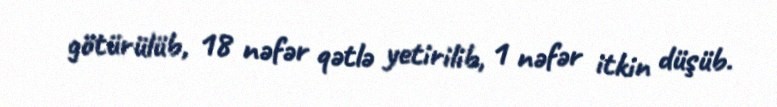
götürülüb, 18 nəfər qətlə yetirilib, 1 nəfər itkin düşüb.